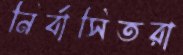
নির্বাসিতরা